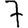
Digit: 7